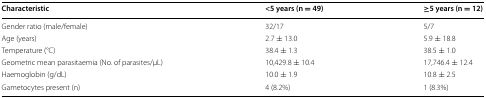
| Characteristic | <5 years (n = 49) | ≥5 years (n = 12) |
 | --- | --- | --- |
 | Gender ratio (male/female) | 32/17 | 5/7 |
 | Age (years) | 2.7 ± 13.0 | 5.9 ± 18.8 |
 | Temperature (°C) | 38.4 ± 1.3 | 38.5 ± 1.0 |
 | Geometric mean parasitaemia (No. of parasites/μL) | 10,429.8 ± 10.4 | 17,746.4 ± 12.4 |
 | Haemoglobin (g/dL) | 10.0 ± 1.9 | 10.8 ± 2.5 |
 | Gametocytes present (n) | 4 (8.2%) | 1 (8.3%) |